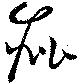
疪